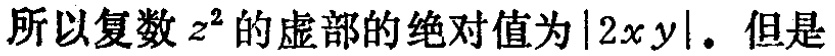
所以复数 \(z^{2}\) 的虚部的绝对值为 \(|2xy|\)。但是